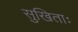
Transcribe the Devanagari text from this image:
सुखिताः